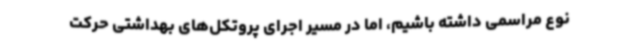
نوع مراسمی داشته باشیم، اما در مسیر اجرای پروتکل‌های بهداشتی حرکت